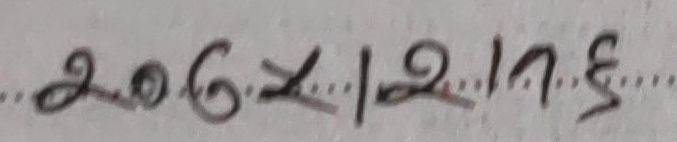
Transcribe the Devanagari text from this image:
२०६८।२।१५